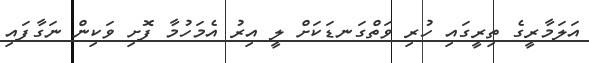
އަލަމާރީގެ ތިރީގައި ހުރި ވަތްގަނޑަކަށް ލީ އިރު އެމަހުމާ ފޮށި ވަކިން ނަގާފައި